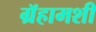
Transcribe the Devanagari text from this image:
ग्रॅहामशी